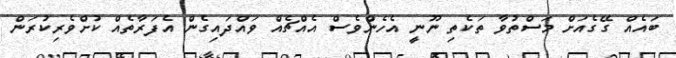
ބައެއް ގޭގެއަށް މަސްތުވާ ތަކެތި ނޫނީ އެހެންވެސް އެއްޗެއް ވައްދައިގެން އެފަރާތެއް ކުށްވެރިކުރަން